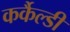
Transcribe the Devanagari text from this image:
कर्कैल्डी